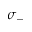
\sigma _ { - }